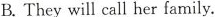
B. They will call her family.